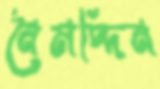
নৈমদ্দিন